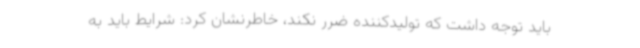
باید توجه داشت که تولیدکننده ضرر نکند، خاطرنشان کرد: شرایط باید به